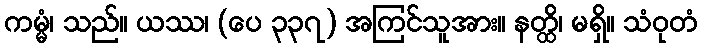
ကမ္မံ၊ သည်။ ယဿ၊ (ပေ ၃၃၇) အကြင်သူအား။ နတ္ထိ၊ မရှိ။ သံဝုတံ